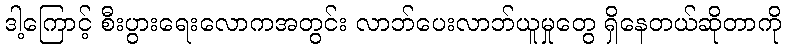
ဒါ့ကြောင့် စီးပွားရေးလောကအတွင်း လာဘ်ပေးလာဘ်ယူမှုတွေ ရှိနေတယ်ဆိုတာကို